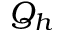
Q _ { h }